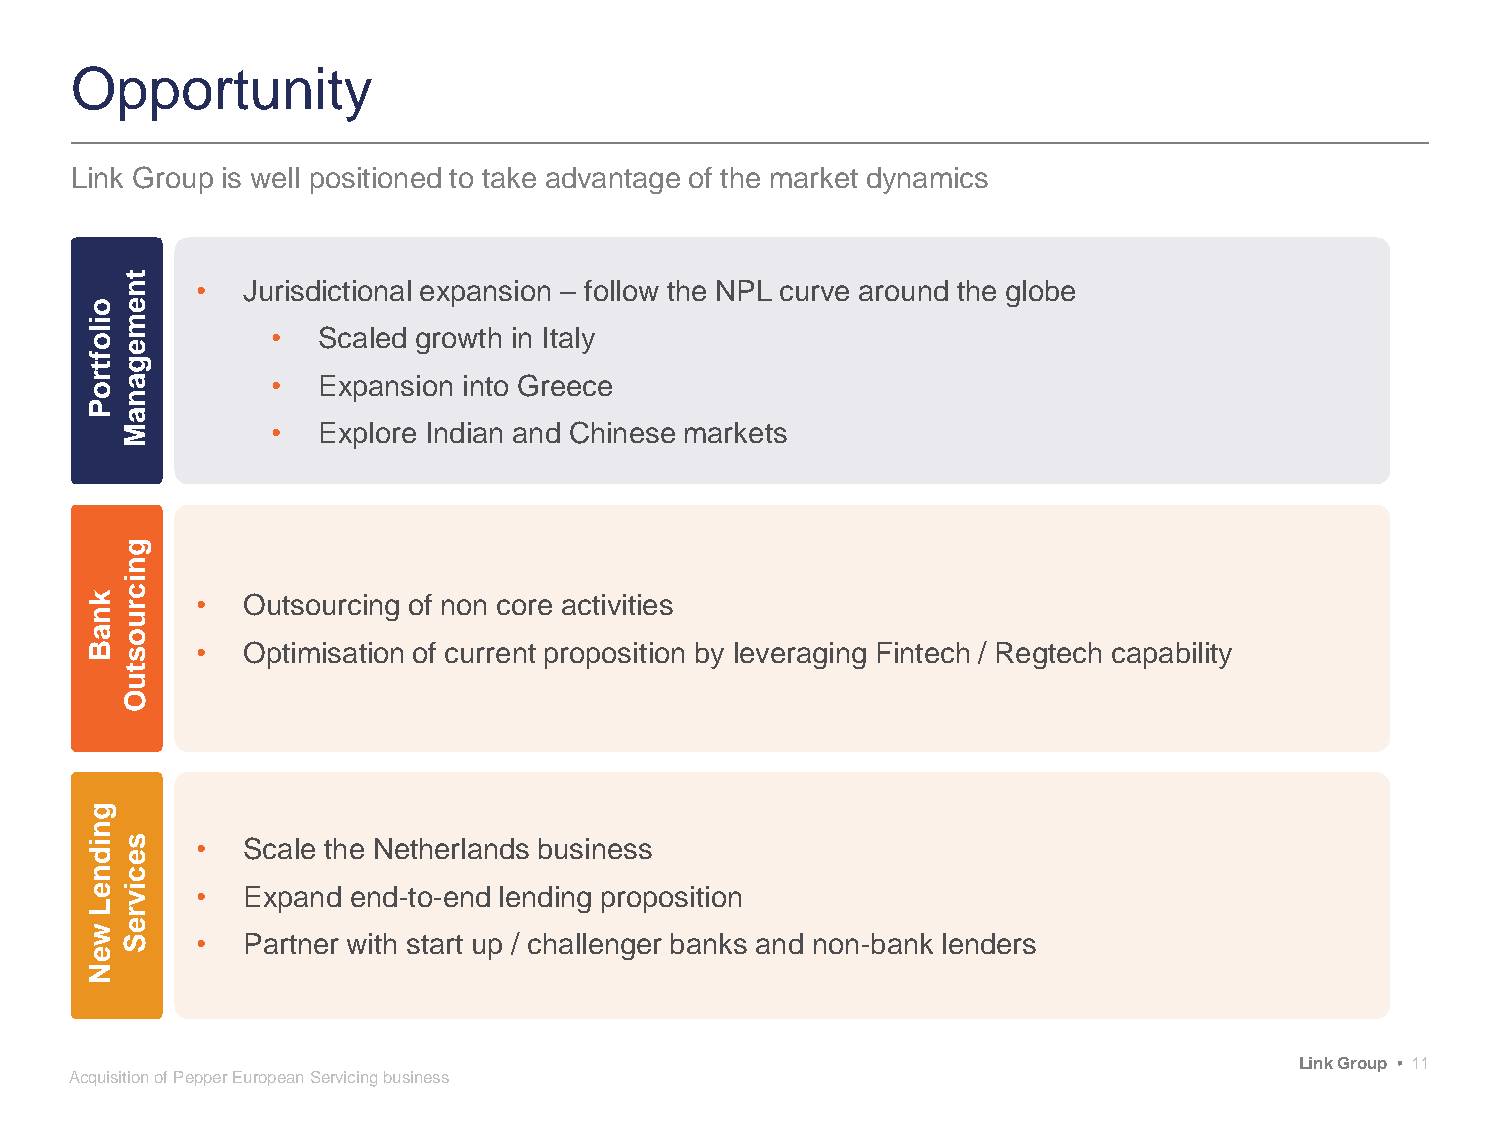
Opportunity
 Link Group is well positioned to take advantage of the market dynamics
 t
 n    •  Jurisdictional expansion – follow the NPL curve around the globe
 oe
 im
 l           •  Scaled growth in Italy
 oe
 f tg
 ra          •  Expansion into Greece
 o
 n
 P
 a
 M         •  Explore Indian and Chinese markets
 g
 n
 i
 c
 k      •  Outsourcing of non core activities
 r
 nu
 ao
 Bs     •  Optimisation of current proposition by leveraging Fintech / Regtech capability
 t
 u
 O
 g
 n
 is     •  Scale the Netherlands business
 de
 nc
 ei v   •  Expand end-to-end lending proposition
 L
 r
 we
 S    •  Partner with start up / challenger banks and non-bank lenders
 e
 N
 Link Group • 11
 Acquisition of Pepper European Servicing business